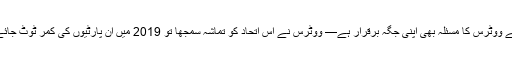
اس لیے ووٹرس کا مسئلہ بھی اپنی جگہ برقرار ہے— ووٹرس نے اس اتحاد کو تماشہ سمجھا تو 2019 میں ان پارٹیوں کی کمر ٹوٹ جائے گی۔